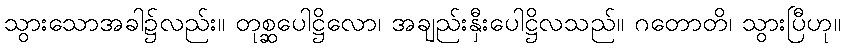
သွားသောအခါ၌လည်း။ တုစ္ဆပေါဋ္ဌိလော၊ အချည်းနှီးပေါဋ္ဌိလသည်။ ဂတောတိ၊ သွားပြီဟု။